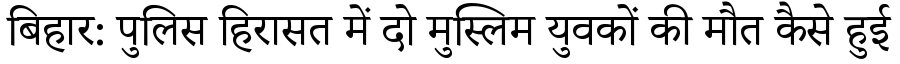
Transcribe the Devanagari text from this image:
बिहार: पुलिस हिरासत में दो मुस्लिम युवकों की मौत कैसे हुई